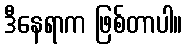
ဒီနေရာက ဖြစ်တာပါ။